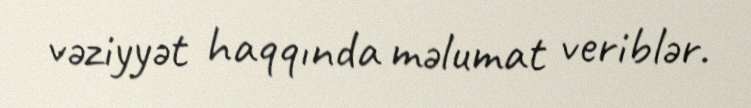
vəziyyət haqqında məlumat veriblər.